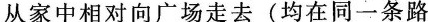
从家中相对向广场走去(均在同一条路